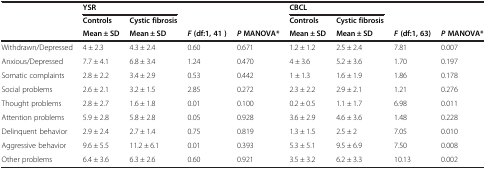
<table><thead><tr><td><b> </b></td><td colspan="2"><b>YSR</b></td><td><b> </b></td><td><b> </b></td><td colspan="2"><b>CBCL</b></td><td><b> </b></td><td><b> </b></td></tr><tr><td><b> </b></td><td><b>Controls</b></td><td><b>Cystic fibrosis</b></td><td><b> </b></td><td><b> </b></td><td><b>Controls</b></td><td><b>Cystic fibrosis</b></td><td><b> </b></td><td><b> </b></td></tr><tr><td><b> </b></td><td><b>Mean ± SD</b></td><td><b>Mean ± SD</b></td><td><b><i>F </i>(df:1, 41 )</b></td><td><b><i>P </i>MANOVA*</b></td><td><b>Mean ± SD</b></td><td><b>Mean ± SD</b></td><td><b><i>F </i>(df:1, 63)</b></td><td><b><i>P </i>MANOVA*</b></td></tr></thead><tbody><tr><td>Withdrawn/Depressed</td><td>4 ± 2.3</td><td>4.3 ± 2.4</td><td>0.60</td><td>0.671</td><td>1.2 ± 1.2</td><td>2.5 ± 2.4</td><td>7.81</td><td>0.007</td></tr><tr><td>Anxious/Depressed</td><td>7.7 ± 4.1</td><td>6.8 ± 3.4</td><td>1.24</td><td>0.470</td><td>4 ± 3.6</td><td>5.2 ± 3.6</td><td>1.70</td><td>0.197</td></tr><tr><td>Somatic complaints</td><td>2.8 ± 2.2</td><td>3.4 ± 2.9</td><td>0.53</td><td>0.442</td><td>1 ± 1.3</td><td>1.6 ± 1.9</td><td>1.86</td><td>0.178</td></tr><tr><td>Social problems</td><td>2.6 ± 2.1</td><td>3.2 ± 1.5</td><td>2.85</td><td>0.272</td><td>2.3 ± 2.2</td><td>2.9 ± 2.1</td><td>1.21</td><td>0.276</td></tr><tr><td>Thought problems</td><td>2.8 ± 2.7</td><td>1.6 ± 1.8</td><td>0.01</td><td>0.100</td><td>0.2 ± 0.5</td><td>1.1 ± 1.7</td><td>6.98</td><td>0.011</td></tr><tr><td>Attention problems</td><td>5.9 ± 2.8</td><td>5.8 ± 2.8</td><td>0.05</td><td>0.928</td><td>3.6 ± 2.9</td><td>4.6 ± 3.6</td><td>1.48</td><td>0.228</td></tr><tr><td>Delinquent behavior</td><td>2.9 ± 2.4</td><td>2.7 ± 1.4</td><td>0.75</td><td>0.819</td><td>1.3 ± 1.5</td><td>2.5 ± 2</td><td>7.05</td><td>0.010</td></tr><tr><td>Aggressive behavior</td><td>9.6 ± 5.5</td><td>11.2 ± 6.1</td><td>0.01</td><td>0.393</td><td>5.3 ± 5.1</td><td>9.5 ± 6.9</td><td>7.50</td><td>0.008</td></tr><tr><td>Other problems</td><td>6.4 ± 3.6</td><td>6.3 ± 2.6</td><td>0.60</td><td>0.921</td><td>3.5 ± 3.2</td><td>6.2 ± 3.3</td><td>10.13</td><td>0.002</td></tr></tbody></table>